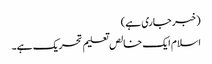
(خبر جاری ہے)
اسلام ایک خالص تعلیم تحریک ہے۔